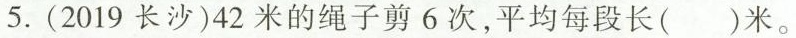
5.(2019长沙)42米的绳子剪6次，平均每段长( )米。